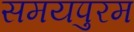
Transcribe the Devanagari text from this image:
समयपुरम